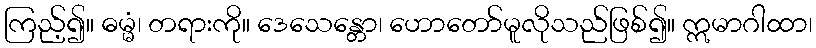
ကြည့်၍။ ဓမ္မံ၊ တရားကို။ ဒေသေန္တော၊ ဟောတော်မူလိုသည်ဖြစ်၍။ ဣမာဂါထာ၊